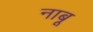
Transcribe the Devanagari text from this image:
नाबू